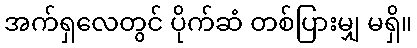
အက်ရှလေတွင် ပိုက်ဆံ တစ်ပြားမျှ မရှိ။